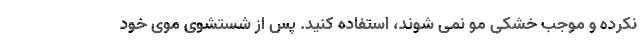
نکرده و موجب خشکی مو نمی شوند، استفاده کنید. پس از شستشوی موی خود